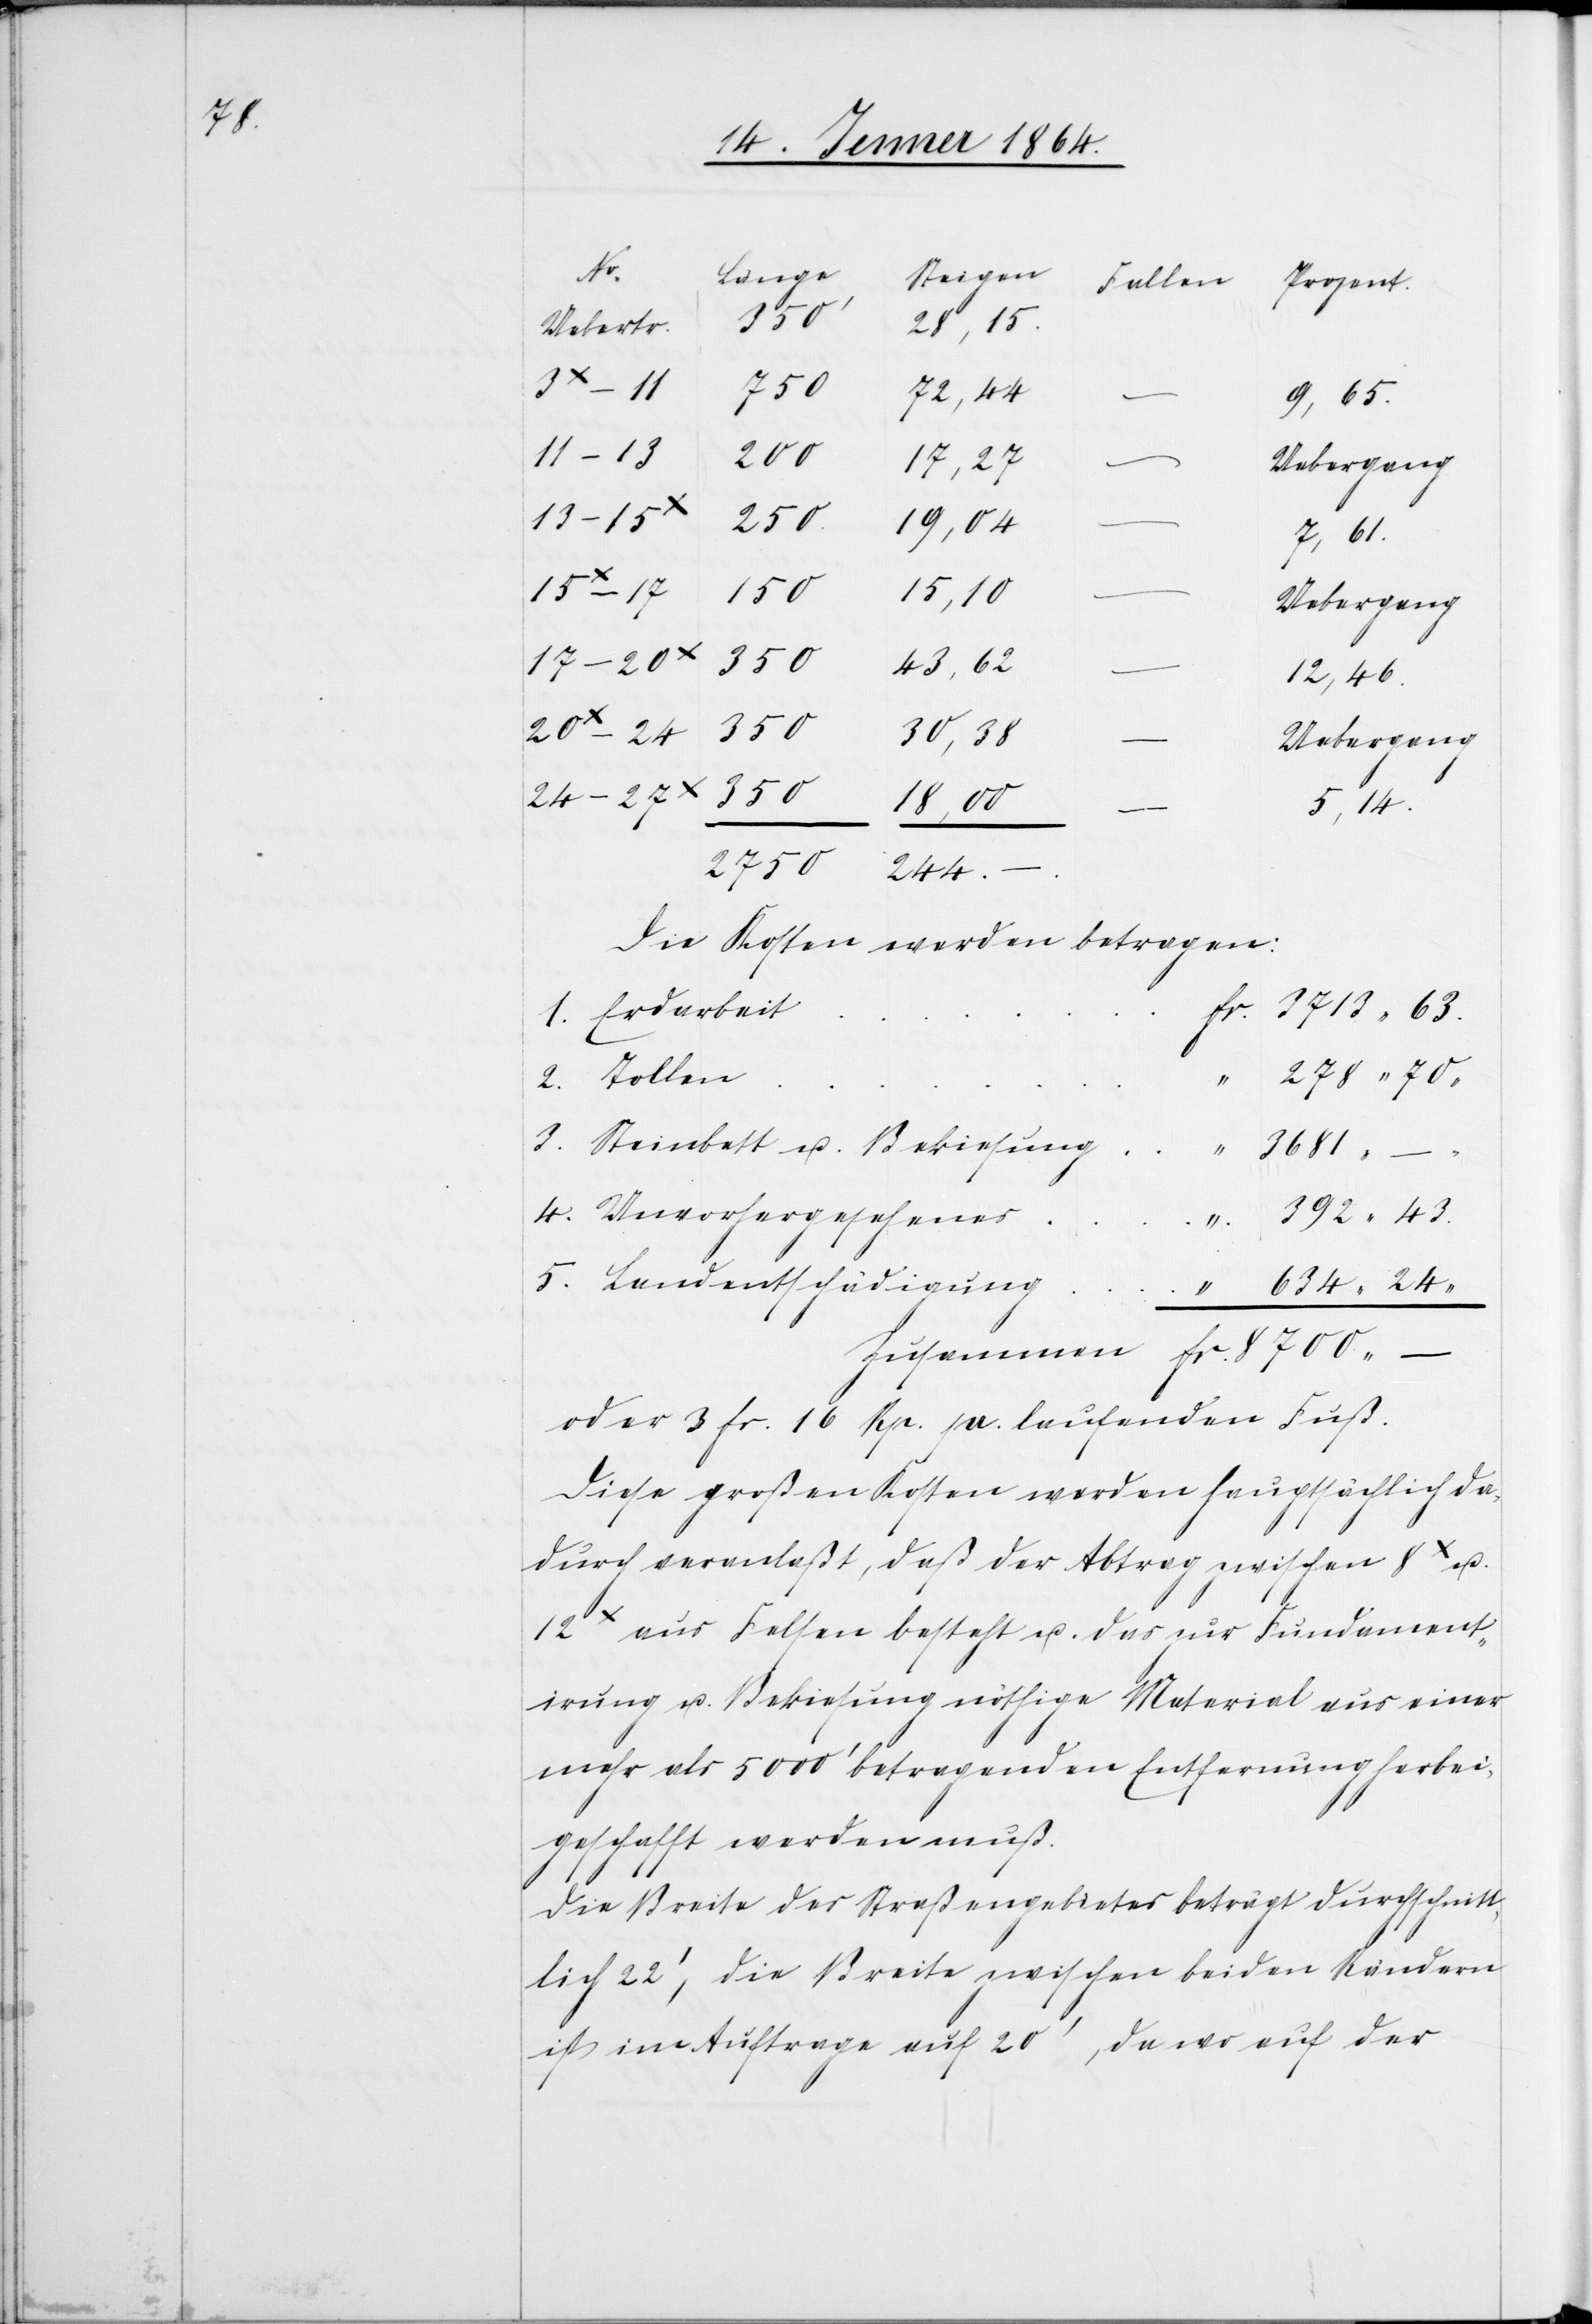
Steinbett
7,61.
Uebertr.
634,24.
8700,
72,44
9,65.
11–13
200
17,27
Uebergang
19,04
392,43.
18,00
43,62
12,46.
30,38
5,14.
–
Die Kosten werden betragen:
1.
3713,63.
4.
278,70.
3681,
5.
oder 3 fr. 16 Rp. je laufenden Fuß.
Diese großen Kosten werden hauptsächlich da¬
durch veranlaßt, daß der Abtrag zwischen 8x u.
12x aus Felsen besteht u. das zur Fundament¬
irung u. Bekiesung nöthige Material aus einer
mehr als 5000' betragenden Entfernung herbei¬
geschafft werden muß.
Die Breite des Straßengebietes beträgt durchschnitt¬
lich 22', die Breite zwischen beiden Rändern
ist im Auftrage auf 20', da wo auf der